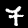
Label: 7